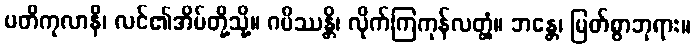
ပတိကုလာနိ၊ လင်၏အိမ်တို့သို့။ ဂမိဿန္တိ၊ လိုက်ကြကုန်လတ္တံ့။ ဘန္တေ၊ မြတ်စွာဘုရား။